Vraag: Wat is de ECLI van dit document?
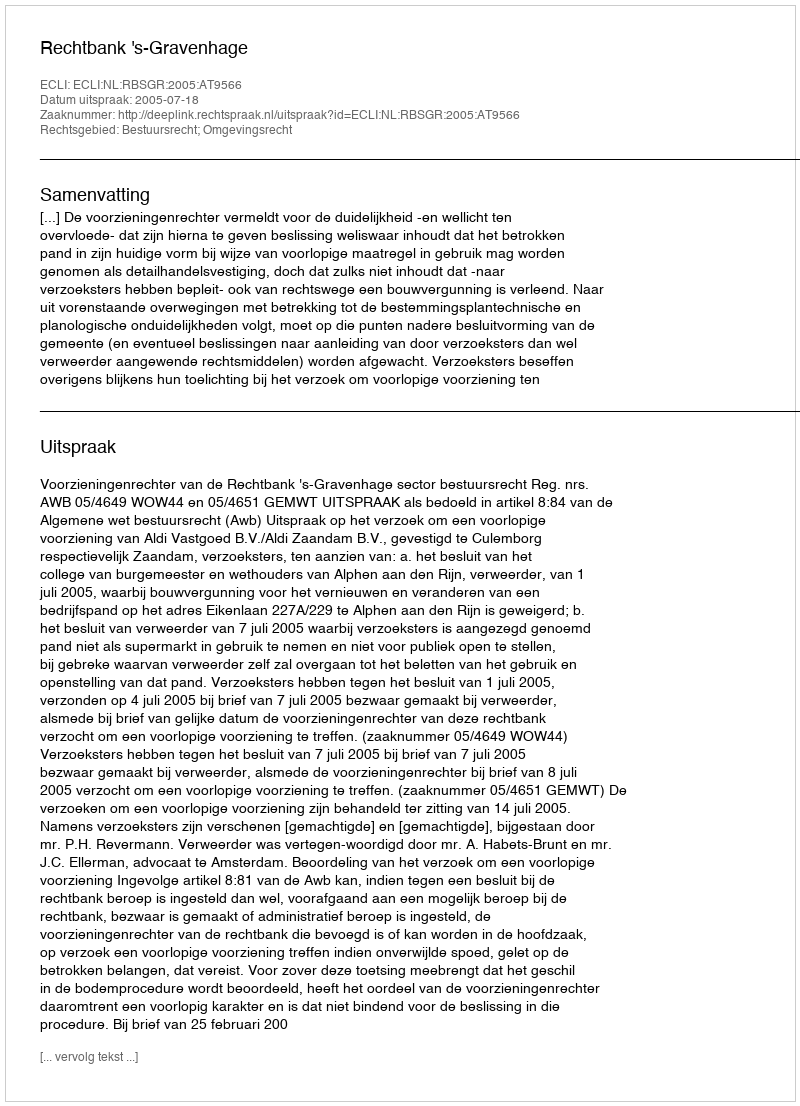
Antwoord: ECLI:NL:RBSGR:2005:AT9566